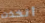
أتخذت